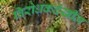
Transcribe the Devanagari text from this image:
विरोधकदेखील